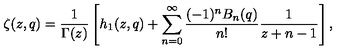
\zeta ( z , q ) = \frac 1 { \Gamma ( z ) } \left[ h _ { 1 } ( z , q ) + \sum _ { n = 0 } ^ { \infty } \frac { ( - 1 ) ^ { n } B _ { n } ( q ) } { n ! } \frac 1 { z + n - 1 } \right] ,